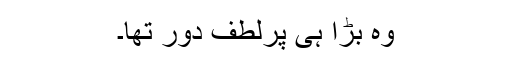
وہ بڑا ہی پرلطف دور تھا۔